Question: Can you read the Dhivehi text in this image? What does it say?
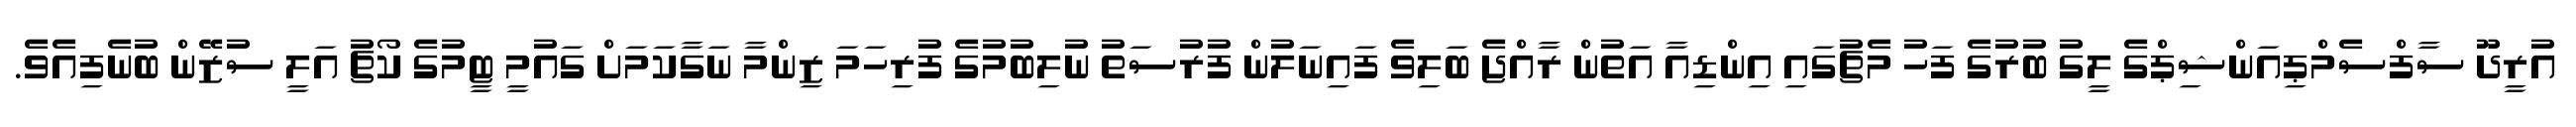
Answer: އުރީދޫ ސާފްސެމްޕިއަންޝިޕްގެ ލީގު ބުރުގެ ފަހު މެޗުގައި އިންޑިއާ އަތުން ރާއްޖެ ބަލިވެ ފައިނަލުން ފުރުސަތު ނުލިބުމުގެ ފުރިހަމަ ޒިންމާ ނަގާކަމަށް ގައުމީ ޓީމުގެ ކޯޗު އަލީ ސުޒޭން ބުނެފިއެވެ.